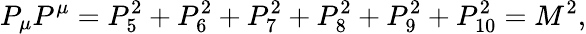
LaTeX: P_{\mu}P^{\mu}=P_{5}^{2}+P_{6}^{2}+P_{7}^{2}+P_{8}^{2}+P_{9}^{2}+P_{10}^{2}=M^{2},